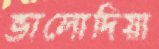
ভালোদিয়া